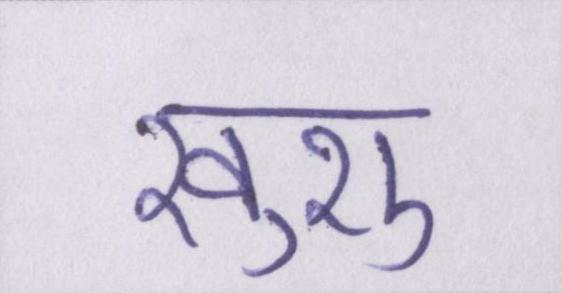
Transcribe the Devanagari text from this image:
खुशु